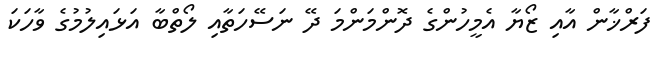
ފަރްޚާން އާއި ޒޯޔާ އެމީހުންގެ ދޮންމަންމަ ދޭ ނަސޭހަތާއި ލޯތްބާ އަޅައިލުމުގެ ވާހަކަ